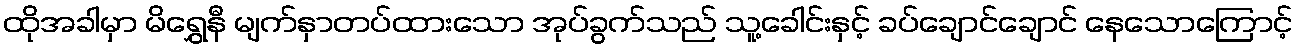
ထိုအခါမှာ မိရွှေနီ မျက်နှာတပ်ထားသော အုပ်ခွက်သည် သူ့ခေါင်းနှင့် ခပ်ချောင်ချောင် နေသောကြောင့်